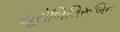
યૂરોબિલિરૂબિન